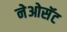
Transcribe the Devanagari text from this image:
नेओसॅट